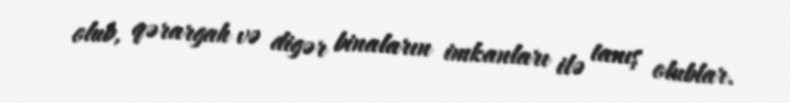
olub, qərargah və digər binaların imkanları ilə tanış olublar.